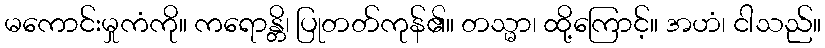
မကောင်းမှုကံကို။ ကရောန္တိ၊ ပြုတတ်ကုန်၏။ တသ္မာ၊ ထို့ကြောင့်။ အဟံ၊ ငါသည်။